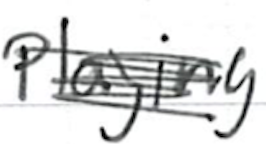
Text: playing
Cross-out: mix
Writing tool: ballpoint